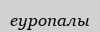
еуропалы